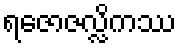
ရဇောဇလ္လိကဿ